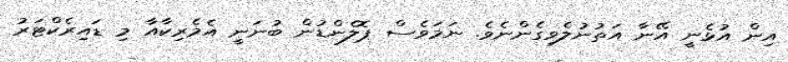
އިން އުޅެނީ އޭނާ އަތުނުލެވިގެންނެވެ. ނަމަވެސް ޕޮލެންޑުން ބުނަނީ އެމެރިކާއާ މި ޑައިރެކްޓަރު